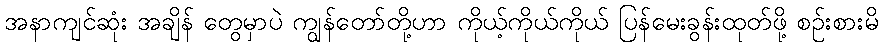
အနာကျင်ဆုံး အချိန် တွေမှာပဲ ကျွန်တော်တို့ဟာ ကိုယ့်ကိုယ်ကိုယ် ပြန်မေးခွန်းထုတ်ဖို့ စဉ်းစားမိ